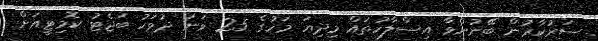
ސަރުކާރުން ބޭނުންވާ އިސްލާހުތައް މިދިޔަ މަހުގެ 25 ވަނަ ދުވަހު ބަޖެޓު ކޮމިޓީއަށް